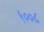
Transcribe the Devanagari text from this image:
५००८